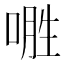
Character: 𱓢